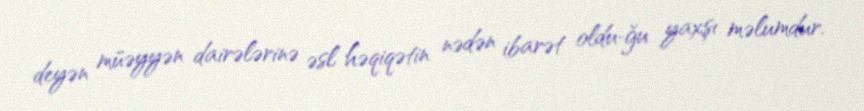
deyən müəyyən dairələrinə əsl həqiqətin nədən ibarət oldu­ğu yaxşı məlumdur.